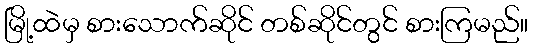
မြို့ထဲမှ စားသောက်ဆိုင် တစ်ဆိုင်တွင် စားကြမည်။